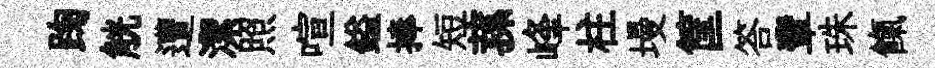
踘觥遭潔照喧鎰捧短蓀峰柱墁筐答輩珠餼